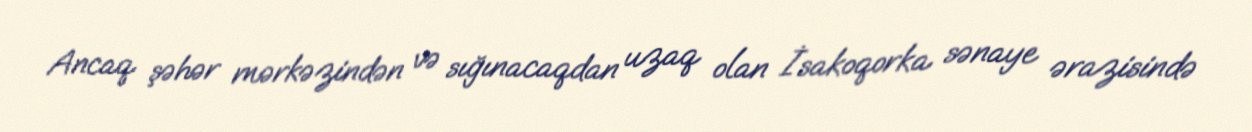
Ancaq şəhər mərkəzindən və sığınacaqdan uzaq olan İsakoqorka sənaye ərazisində